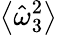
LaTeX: \left\langle\hat{\omega}_{3}^{2}\right\rangle